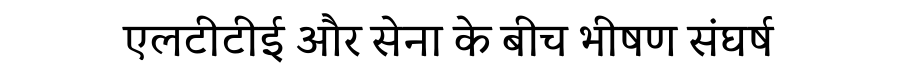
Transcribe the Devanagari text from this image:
एलटीटीई और सेना के बीच भीषण संघर्ष